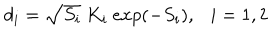
d _ { i } = \sqrt { S _ { i } } \ K _ { i } \ e x p ( - S _ { i } ) , \ \ \ i = 1 , 2